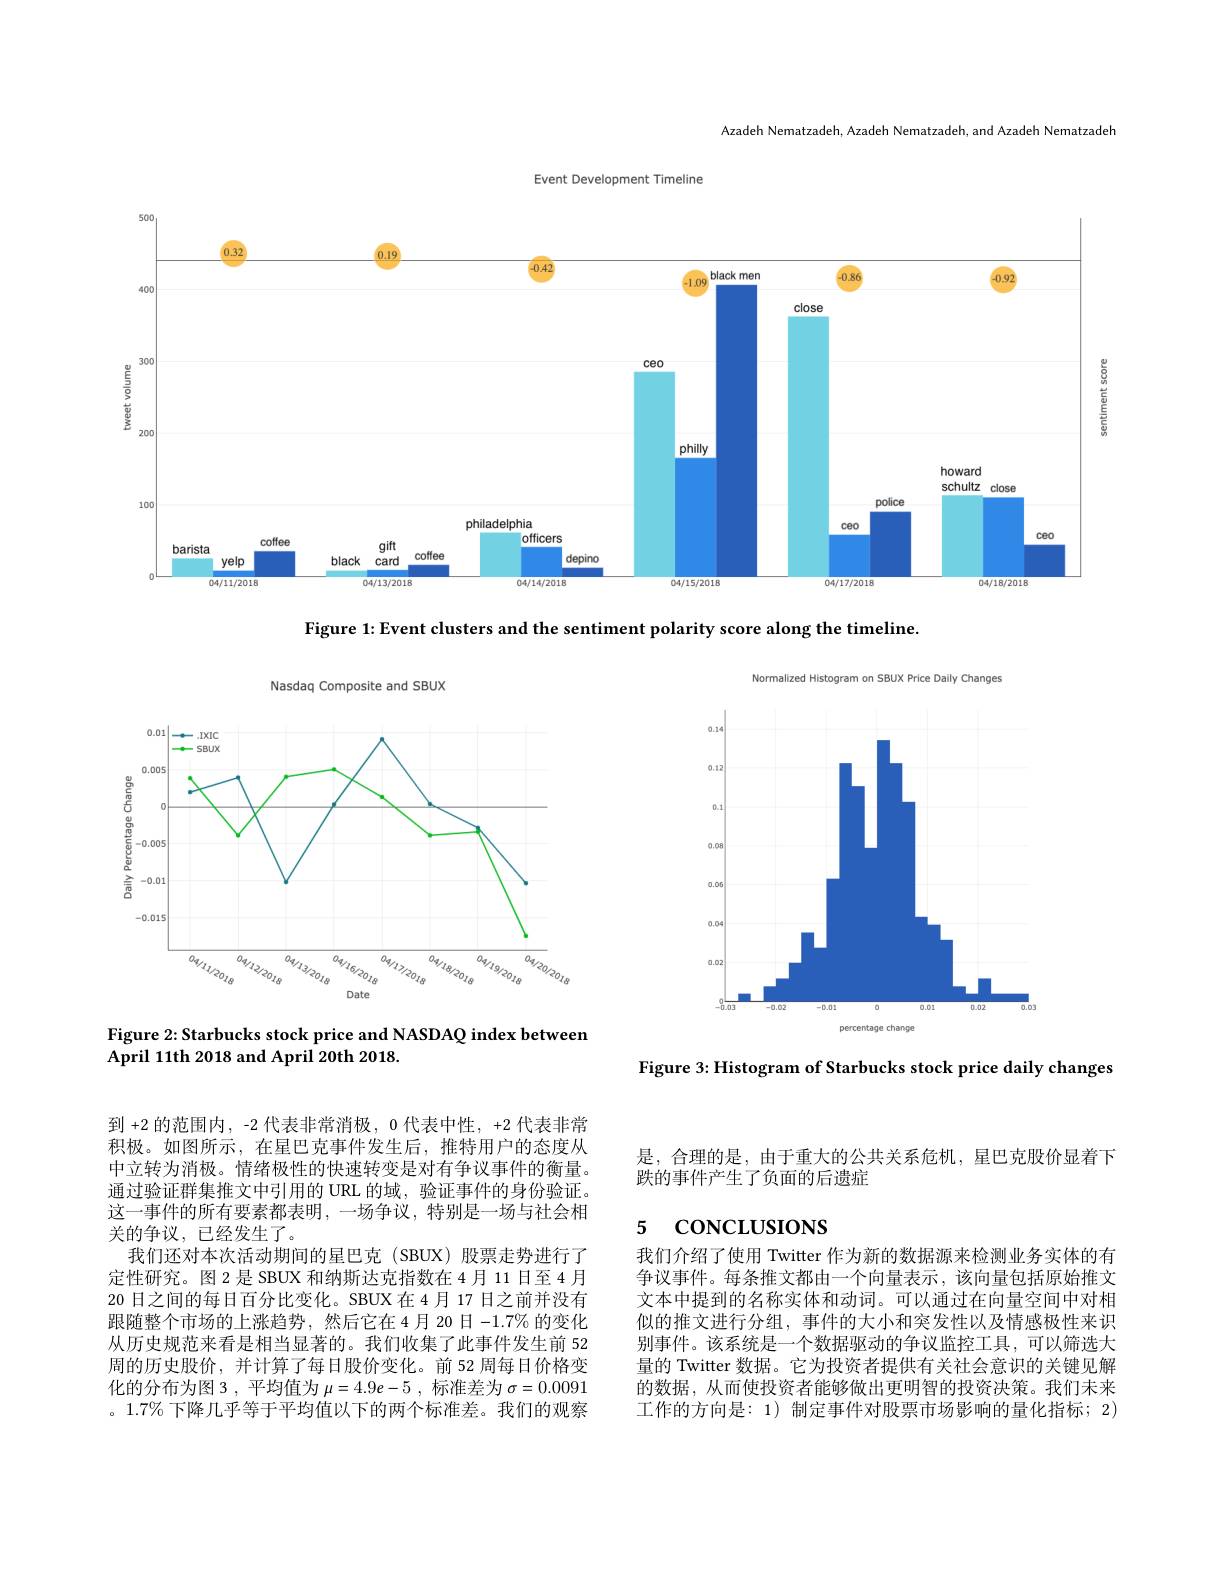
Azadeh Nematzadeh, Azadeh Nematzadeh, and Azadeh Nematzadeh

Event Development Timeline

500

<FigureHere>

Figure 1: Event clusters and the sentiment polarity score along the timeline

Nasdaq Composite and SBUX

<FigureHere>

Figure 2: Starbucks stock price and NASDAQ index between
April 11th 2018 and April 20th 2018.

Normalized Histogram on SBUX Price Daily Changes
<FigureHere>

Figure 3: Histogram of Starbucks stock price daily changes

到 +2 的范围内，-2 代表非常消极，0 代表中性，+2 代表非常积极。如图所示，在星巴克事件发生后，推特用户的态度从中立转为消极。情绪极性的快速转变是对有争议事件的衡量。通过验证群集推文中引用的 URL 的域，验证事件的身份验证。这一事件的所有要素都表明，一场争议，特别是一场与社会相关的争议，已经发生了。
我们还对本次活动期间的星巴克 (SBUX)股票走势进行了定性研究。图 2 是 SBUX 和纳斯达克指数在 4 月 11 日至 4 月20 日之间的每日百分比变化。SBUX在 4月 17 日之前并没有跟随整个市场的上涨趋势，然后它在 4月 20 日$-1.7\%$的变化从历史规范来看是相当显著的。我们收集了此事件发生前 52周的历史股价，并计算了每日股价变化。前 52 周每日价格变化的分布为图 3 ,平均值为$\mu=4.9e-5$ ,标准差为$\sigma=0.0091$ 。$1.7\%$下降几乎等于平均值以下的两个标准差。我们的观察

是，合理的是，由于重大的公共关系危机，星巴克股价显着下
跌的事件产生了负面的后遗症

## 5 CONCLUSIONS

我们介绍了使用 Twitter 作为新的数据源来检测业务实体的有争议事件。每条推文都由一个向量表示，该向量包括原始推文文本中提到的名称实体和动词。可以通过在向量空间中对相似的推文进行分组，事件的大小和突发性以及情感极性来识别事件。该系统是一个数据驱动的争议监控工具，可以筛选大量的 Twitter 数据。它为投资者提供有关社会意识的关键见解的数据，从而使投资者能够做出更明智的投资决策。我们未来工作的方向是：1) 制定事件对股票市场影响的量化指标；2)